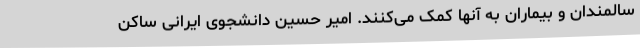
سالمندان و بیماران به آنها کمک می‌کنند. امیر حسین دانشجوی ایرانی ساکن